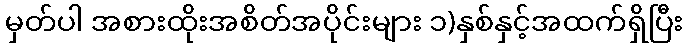
မှတ်ပါ အစားထိုးအစိတ်အပိုင်းများ ၁)နှစ်နှင့်အထက်ရှိပြီး